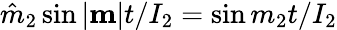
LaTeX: \hat{m}_{2}\sin|{\mathbf m}|t/I_{2}=\sin m_{2}t/I_{2}